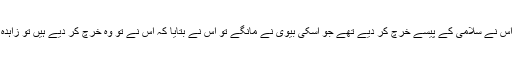
شادی کے تیسرے دن ہی پہلا جھگڑا کھڑا ہو گیا تھا اور وہ بھی اس بات پہ کہ اس نے سلامی کے پیسے خرچ کر دیے تھے جو اسکی بیوی نے مانگے تو اس نے بتایا کہ اس نے تو وہ خرچ کر دیے ہیں تو زاہدہ نے ایک ہنگامہ کھڑا کر دیا لیکن بچت ہوئی کہ وہ بیڈ روم تک ہی محدود رہے۔